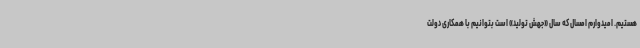
هستیم. امیدوارم امسال که سال «جهش تولید» است بتوانیم با همکاری دولت